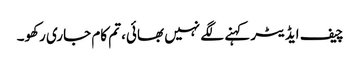
چیف ایڈیٹر کہنے لگے نہیں بھائی، تم کام جاری رکھو۔